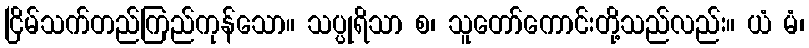
ငြိမ်သက်တည်ကြည်ကုန်သော။ သပ္ပုရိသာ စ၊ သူတော်ကောင်းတို့သည်လည်း။ ယံ မံ၊